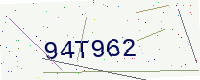
Text: 94T962